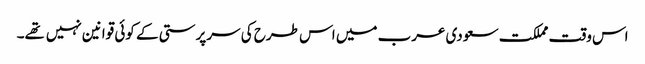
اس وقت مملکت سعودی عرب میں اس طرح کی سرپرستی کے کوئی قوانین نہیں تهے۔